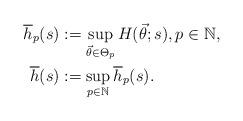
LaTeX: \begin{align*}\overline{h}_{p}(s) & :=\sup_{\vec{\theta}\in\Theta_{p}} H(\vec{\theta};s),p\in\mathbb{N},\\\overline{h}(s) & :=\sup_{p\in\mathbb{N}} \overline{h}_{p}(s).\end{align*}